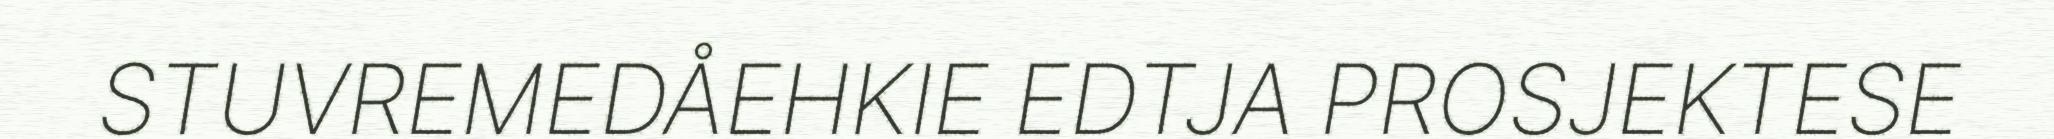
STUVREMEDÅEHKIE EDTJA PROSJEKTESE